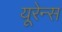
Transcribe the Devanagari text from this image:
यूरेन्स